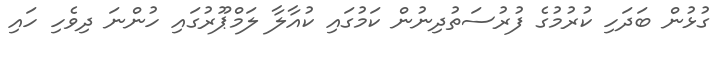
ގުޅުން ބަދަހި ކުރުމުގެ ފުރުސަތުދިނުން ކަމުގައި ކުއާލާ ލަމްޕޫރުގައި ހުންނަ ދިވެހި ހައި